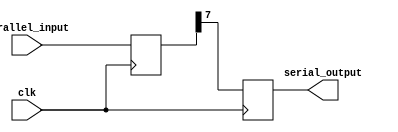
module Parallel_in_serial_out_register(
    input [7:0] parallel_input,
    input clk,
    output reg serial_output
);

reg [7:0] parallel_data;
reg [7:0] shift_data;

always @(posedge clk) begin
    parallel_data <= parallel_input;
    shift_data <= {shift_data[6:0], parallel_data[7]};
end

assign serial_output = shift_data[0];

endmodule